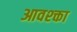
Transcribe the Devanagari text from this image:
आवश्क्ता